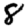
Digit: 8